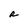
Character: R